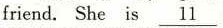
friend.She is \underline{11}